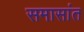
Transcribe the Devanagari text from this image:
समासांत